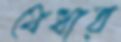
যেধার